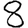
Digit: 8